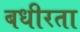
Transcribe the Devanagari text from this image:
बधीरता